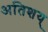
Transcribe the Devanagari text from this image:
अतिशय्